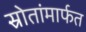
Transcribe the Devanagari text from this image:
स्रोतांमार्फत